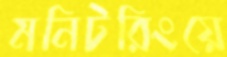
মনিটরিংয়ে